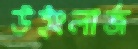
উইংলার্জ